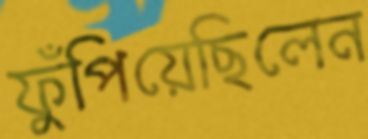
ফুঁপিয়েছিলেন